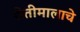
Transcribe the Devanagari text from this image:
शेतीमालाचे